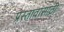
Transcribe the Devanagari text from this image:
प्रस्तावांसाठी